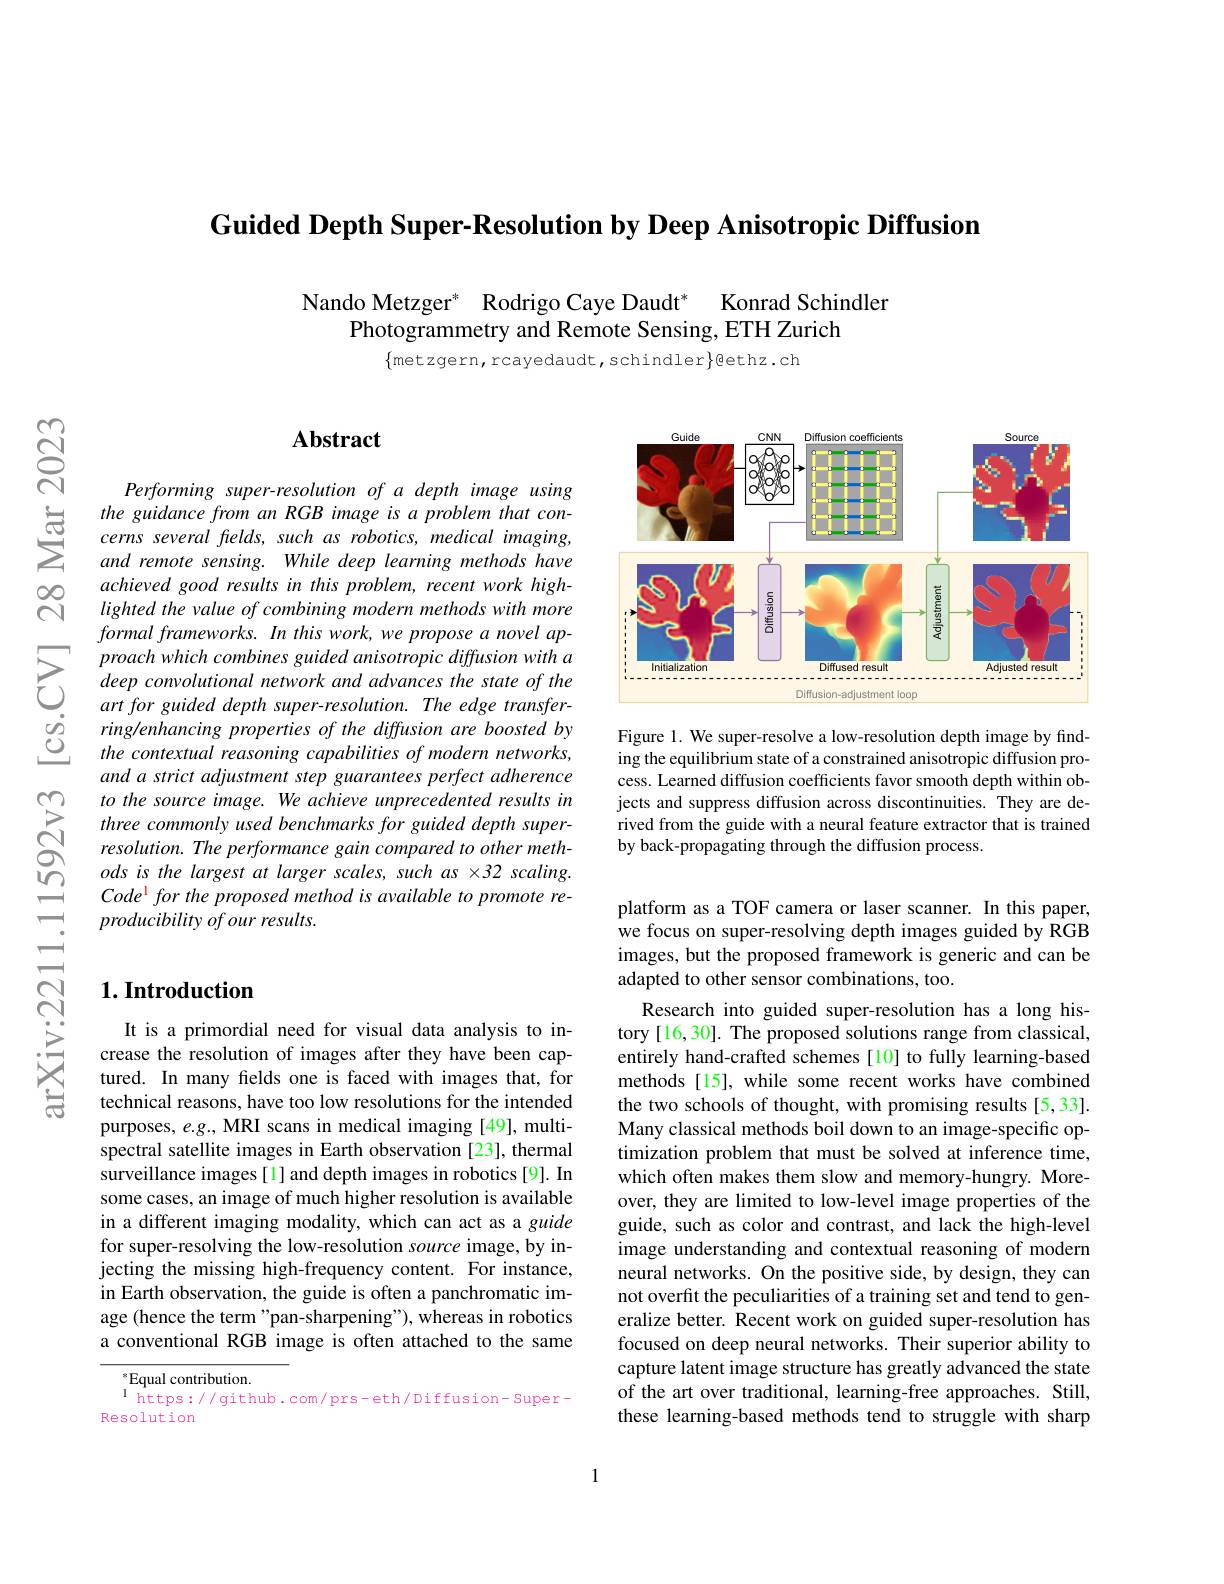
Guided Depth Super-Resolution by Deep Anisotropic Diffusion

Nando Metzger$^*$ Rodrigo Caye Daudt$^*$ Konrad Schindler
Photogrammetry and Remote Sensing, ETH Zurich

$\{$metzgern, rcayedaudt, schindler$\}$@ethz.ch

## $\mathbf{Abstract}$

Performing super-resolution of a depth image using the guidance from an RGB image is a problem that concerns several fields, such as robotics, medical imaging, and remote sensing. While deep learning methods have achieved good results in this problem, recent work highlighted the value of combining modern methods with more $formalframeworks.Inthiswork,weproposeanovelap-$ proach which combines guided anisotropic diffusion with a deep convolutional network and advances the state of the art for guided depth super-resolution. The edge transferringlenhancing properties of the diffusion are boosted by the contextual reasoning capabilities of modern networks, and a strict adjustment step guarantees perfect adherence to the source image. We achieve unprecedented results in three commonly used benchmarks for guided depth superresolution. The performance gain compared to other methods is the largest at larger scales, such as ×32 scaling. $Code^{\mathrm{l}} for the proposed method is available to promote re-$ producibility of our results.

## $1. \textbf{Introduction}$

It is a primordial need for visual data analysis to increase the resolution of images after they have been captured. In many fields one is faced with images that, for technical reasons, have too low resolutions for the intended purposes, e.g., MRI scans in medical imaging [49], multispectral satellite images in Earth observation[23], thermal surveillance images[1] and depth images in robotics [9]. In some cases, an image of much higher resolution is available in a different imaging modality, which can act as a guide for super-resolving the low-resolution source image, by injecting the missing high-frequency content. For instance, in Earth observation, the guide is often a panchromatic image (hence the term "pan-sharpening"), whereas in robotics a conventional RGB image is often attached to the same

$^*$Equal contribution.
$^{\mathrm{l}}$ https://github.com/prs-eth/Diffusion-Super-
Resolution

<FigureHere>

Figure 1. We super-resolve a low-resolution depth image by finding the equilibrium state of a constrained anisotropic diffusion process. Learned diffusion coefficients favor smooth depth within objects and suppress diffusion across discontinuities. They are derived from the guide with a neural feature extractor that is trained by back-propagating through the diffusion process.

platform as a TOF camera or laser scanner. In this paper, we focus on super-resolving depth images guided by RGB images, but the proposed framework is generic and can be adapted to other sensor combinations, too.

Research into guided super-resolution has a long history[16,30]. The proposed solutions range from classical, entirely hand-crafted schemes[10] to fully learning-based methods [15], while some recent works have combined the two schools of thought, with promising results [5,33]. Many classical methods boil down to an image-specific optimization problem that must be solved at inference time, which often makes them slow and memory-hungry. Moreover, they are limited to low-level image properties of the guide, such as color and contrast, and lack the high-level image understanding and contextual reasoning of modern neural networks. On the positive side, by design, they can not overfit the peculiarities of a training set and tend to generalize better. Recent work on guided super-resolution has focused on deep neural networks. Their superior ability to capture latent image structure has greatly advanced the state of the art over traditional, learning-free approaches. Still, these learning-based methods tend to struggle with sharp

1